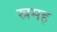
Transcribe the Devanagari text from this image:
स्रमह